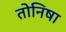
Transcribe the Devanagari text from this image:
तोनिषा